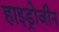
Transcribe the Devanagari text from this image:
हाइड्रोजीन